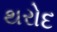
થરોદ